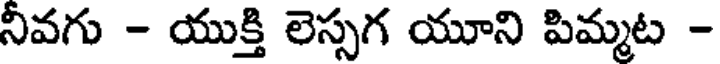
నీవగు - యుక్తి లెస్సగ యూని పిమ్మట -